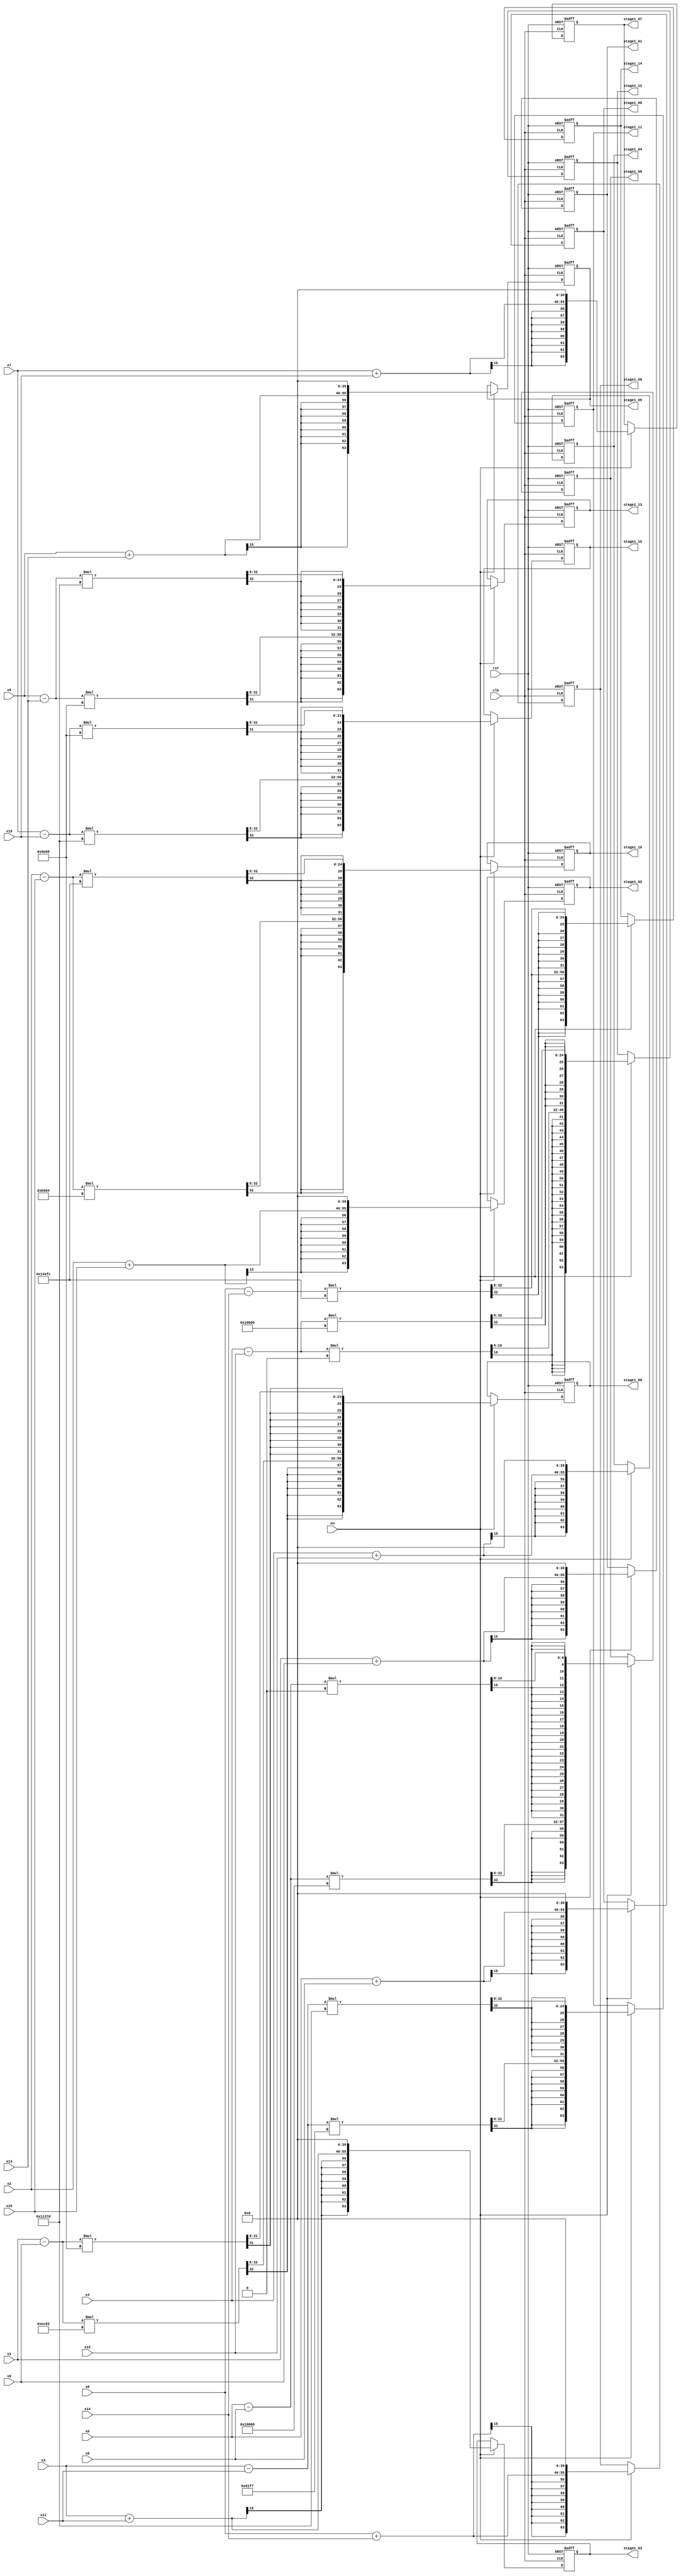
module sixteen_points_butterfly ( clk, rst, en,
                                  x0, x1, x2, x3,
                                  x4, x5, x6, x7,
                                  x8, x9, x10, x11,
                                  x12, x13, x14, x15,
                                  stage1_00, stage1_01, stage1_02, stage1_03,
                                  stage1_04, stage1_05, stage1_06, stage1_07,
                                  stage1_08, stage1_09, stage1_10, stage1_11,
                                  stage1_12, stage1_13, stage1_14, stage1_15
                                );
input clk, rst;
input en;
input [15:0] x0, x1, x2, x3;
input [15:0] x4, x5, x6, x7;
input [15:0] x8, x9, x10, x11;
input [15:0] x12, x13, x14, x15;

output reg [63:0] stage1_00, stage1_01, stage1_02, stage1_03;
output reg [63:0] stage1_04, stage1_05, stage1_06, stage1_07;
output reg [63:0] stage1_08, stage1_09, stage1_10, stage1_11;
output reg [63:0] stage1_12, stage1_13, stage1_14, stage1_15;

reg [15:0] tmp0, tmp1, tmp2, tmp3;
reg [15:0] tmp4, tmp5, tmp6, tmp7;

reg [15:0] s1_00_real, s1_01_real, s1_02_real, s1_03_real;
reg [15:0] s1_04_real, s1_05_real, s1_06_real, s1_07_real;
reg [47:0] s1_08_real, s1_09_real, s1_10_real, s1_11_real;
reg [47:0] s1_12_real, s1_13_real, s1_14_real, s1_15_real;

reg [47:0] s1_08_imag, s1_09_imag, s1_10_imag, s1_11_imag;
reg [47:0] s1_12_imag, s1_13_imag, s1_14_imag, s1_15_imag;

wire [31:0] stage1_00_real, stage1_01_real, stage1_02_real, stage1_03_real;
wire [31:0] stage1_04_real, stage1_05_real, stage1_06_real, stage1_07_real;

wire [31:0] stage1_08_real, stage1_09_real, stage1_10_real, stage1_11_real;
wire [31:0] stage1_12_real, stage1_13_real, stage1_14_real, stage1_15_real;

wire [31:0] stage1_08_imag, stage1_09_imag, stage1_10_imag, stage1_11_imag;
wire [31:0] stage1_12_imag, stage1_13_imag, stage1_14_imag, stage1_15_imag;

/* Real part */
assign stage1_00_real = { { 8{s1_00_real[15]} }, s1_00_real, 8'd0 };
assign stage1_01_real = { { 8{s1_01_real[15]} }, s1_01_real, 8'd0 };
assign stage1_02_real = { { 8{s1_02_real[15]} }, s1_02_real, 8'd0 };
assign stage1_03_real = { { 8{s1_03_real[15]} }, s1_03_real, 8'd0 };
assign stage1_04_real = { { 8{s1_04_real[15]} }, s1_04_real, 8'd0 };
assign stage1_05_real = { { 8{s1_05_real[15]} }, s1_05_real, 8'd0 };
assign stage1_06_real = { { 8{s1_06_real[15]} }, s1_06_real, 8'd0 };
assign stage1_07_real = { { 8{s1_07_real[15]} }, s1_07_real, 8'd0 };
assign stage1_08_real = s1_08_real[39:8];
assign stage1_09_real = s1_09_real[39:8];
assign stage1_10_real = s1_10_real[39:8];
assign stage1_11_real = s1_11_real[39:8];
assign stage1_12_real = s1_12_real[39:8];
assign stage1_13_real = s1_13_real[39:8];
assign stage1_14_real = s1_14_real[39:8];
assign stage1_15_real = s1_15_real[39:8];

/* Imag part */
assign stage1_08_imag = s1_08_imag[39:8];
assign stage1_09_imag = s1_09_imag[39:8];
assign stage1_10_imag = s1_10_imag[39:8];
assign stage1_11_imag = s1_11_imag[39:8];
assign stage1_12_imag = s1_12_imag[39:8];
assign stage1_13_imag = s1_13_imag[39:8];
assign stage1_14_imag = s1_14_imag[39:8];
assign stage1_15_imag = s1_15_imag[39:8];

always@(*)begin
  tmp0 = $signed(x0) - $signed(x8);
  tmp1 = $signed(x1) - $signed(x9);
  tmp2 = $signed(x2) - $signed(x10);
  tmp3 = $signed(x3) - $signed(x11);
  tmp4 = $signed(x4) - $signed(x12);
  tmp5 = $signed(x5) - $signed(x13);
  tmp6 = $signed(x6) - $signed(x14);
  tmp7 = $signed(x7) - $signed(x15);
end

always@(*)begin
  s1_00_real = $signed(x0) + $signed(x8);
  s1_01_real = $signed(x1) + $signed(x9);
  s1_02_real = $signed(x2) + $signed(x10);
  s1_03_real = $signed(x3) + $signed(x11);
  s1_04_real = $signed(x4) + $signed(x12);
  s1_05_real = $signed(x5) + $signed(x13);
  s1_06_real = $signed(x6) + $signed(x14);
  s1_07_real = $signed(x7) + $signed(x15);
  s1_08_real = $signed(tmp0) * $signed(32'h00010000);
  s1_09_real = $signed(tmp1) * $signed(32'h0000EC83);
  s1_10_real = $signed(tmp2) * $signed(32'h0000B504);
  s1_11_real = $signed(tmp3) * $signed(32'h000061F7);
  s1_12_real = $signed(tmp4) * $signed(32'h00000000);
  s1_13_real = $signed(tmp5) * $signed(32'hFFFF9E09);
  s1_14_real = $signed(tmp6) * $signed(32'hFFFF4AFC);
  s1_15_real = $signed(tmp7) * $signed(32'hFFFF137D);
end

always@(*)begin
  s1_08_imag = $signed(tmp0) * $signed(32'h00000000);
  s1_09_imag = $signed(tmp1) * $signed(32'hFFFF9E09);
  s1_10_imag = $signed(tmp2) * $signed(32'hFFFF4AFC);
  s1_11_imag = $signed(tmp3) * $signed(32'hFFFF137D);
  s1_12_imag = $signed(tmp4) * $signed(32'hFFFF0000);
  s1_13_imag = $signed(tmp5) * $signed(32'hFFFF137D);
  s1_14_imag = $signed(tmp6) * $signed(32'hFFFF4AFC);
  s1_15_imag = $signed(tmp7) * $signed(32'hFFFF9E09);
end

always@(posedge clk or posedge rst)begin
  if(rst)begin
    stage1_00 <= 64'd0;
    stage1_01 <= 64'd0;
    stage1_02 <= 64'd0;
    stage1_03 <= 64'd0;
    stage1_04 <= 64'd0;
    stage1_05 <= 64'd0;
    stage1_06 <= 64'd0;
    stage1_07 <= 64'd0;
    stage1_08 <= 64'd0;
    stage1_09 <= 64'd0;
    stage1_10 <= 64'd0;
    stage1_11 <= 64'd0;
    stage1_12 <= 64'd0;
    stage1_13 <= 64'd0;
    stage1_14 <= 64'd0;
    stage1_15 <= 64'd0;
  end
  else if(en)begin
    stage1_00 <= {stage1_00_real, 32'd0};
    stage1_01 <= {stage1_01_real, 32'd0};
    stage1_02 <= {stage1_02_real, 32'd0};
    stage1_03 <= {stage1_03_real, 32'd0};
    stage1_04 <= {stage1_04_real, 32'd0};
    stage1_05 <= {stage1_05_real, 32'd0};
    stage1_06 <= {stage1_06_real, 32'd0};
    stage1_07 <= {stage1_07_real, 32'd0};
    stage1_08 <= {stage1_08_real, stage1_08_imag};
    stage1_09 <= {stage1_09_real, stage1_09_imag};
    stage1_10 <= {stage1_10_real, stage1_10_imag};
    stage1_11 <= {stage1_11_real, stage1_11_imag};
    stage1_12 <= {stage1_12_real, stage1_12_imag};
    stage1_13 <= {stage1_13_real, stage1_13_imag};
    stage1_14 <= {stage1_14_real, stage1_14_imag};
    stage1_15 <= {stage1_15_real, stage1_15_imag};
  end
  else begin
  end
end

endmodule